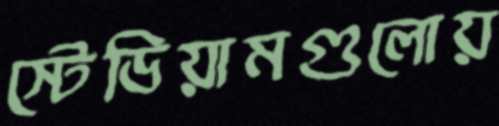
স্টেডিয়ামগুলোয়